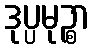
ဒုပ္ပမုဉ္စာ